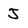
Character: J